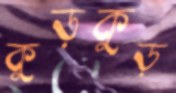
কুড়কুড়